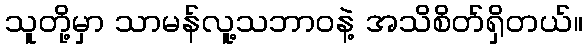
သူတို့မှာ သာမန်လူ့သဘာဝနဲ့ အသိစိတ်ရှိတယ်။